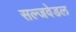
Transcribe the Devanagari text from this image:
सल्जवेडल